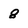
Character: 8